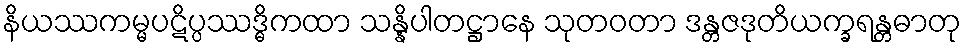
နိယဿကမ္မပဋိပ္ပဿဒ္ဓိကထာ သန္နိပါတဋ္ဌာနေ သုတဝတာ ဒန္တဇဒုတိယက္ခရန္တဓာတု